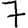
Digit: 7